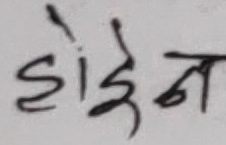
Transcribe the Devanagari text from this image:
होइन